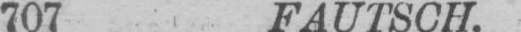
707 FAUTSCH.